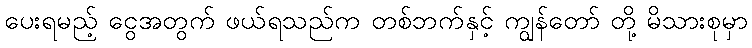
ပေးရမည့် ငွေအတွက် ဖယ်ရသည်က တစ်ဘက်နှင့် ကျွန်တော် တို့ မိသားစုမှာ